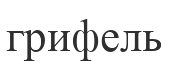
грифель